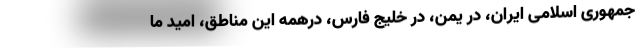
جمهوری اسلامی ایران، در یمن، در خلیج فارس، درهمه این مناطق، امید ما